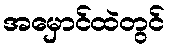
အမှောင်ထဲတွင်